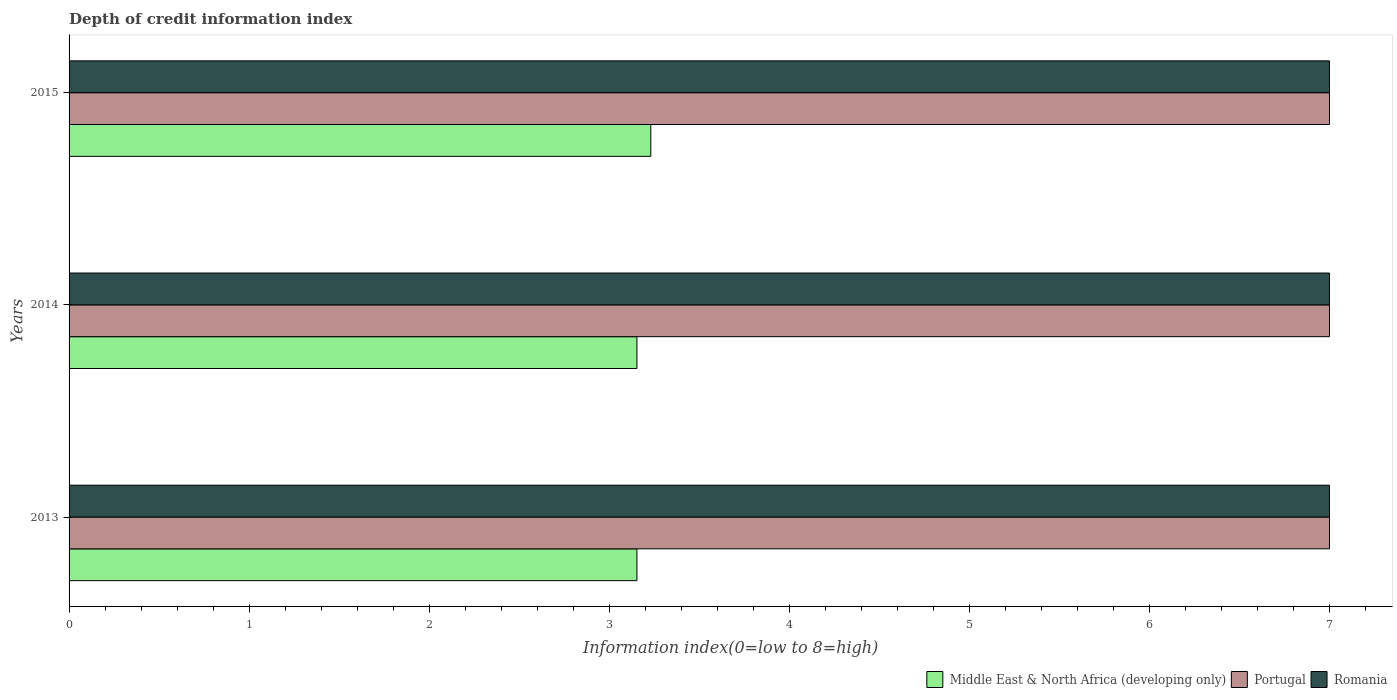
| Years | Middle East & North Africa (developing only) | Portugal | Romania |
 | --- | --- | --- | --- |
 | 2013 | 3.15 | 7 | 7 |
 | 2014 | 3.15 | 7 | 7 |
 | 2015 | 3.23 | 7 | 7 |